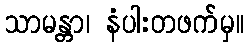
သာမန္တာ၊ နံပါးတဖက်မှ။